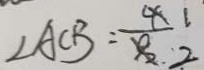
\angle A C B = \frac { 1 } { 2 }